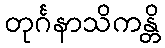
တုင်္ဂနာသိကန္တိ